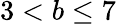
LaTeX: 3<b\le 7